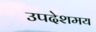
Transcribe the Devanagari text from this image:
उपदेशमय